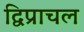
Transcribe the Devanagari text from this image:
द्विप्राचल